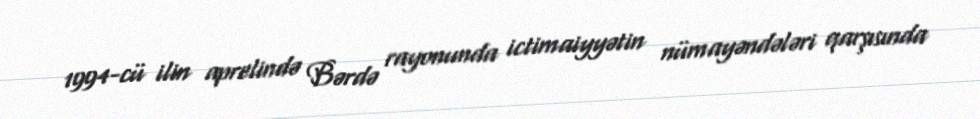
1994-cü ilin aprelində Bərdə rayonunda ictimaiyyətin nümayəndələri qarşısında